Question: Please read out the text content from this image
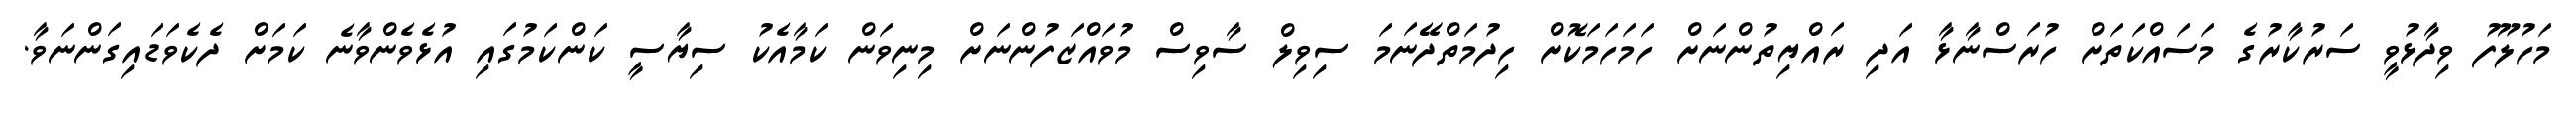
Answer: މަހުލޫފު ވިދާޅުވީ ސަރުކާރުގެ މަސައްކަތަށް ހުރަސްނާޅާ އަދި ރައްޔިތުންނަށް ހަމަހަމަކޮށް ހިދުމަތްދޭނަމަ ސިވިލް ސާވިސް މުވައްޒަފުންނަށް މިނިވަން ކަމާއެކު ސިޔާސީ ކަންކަމުގައި އުޅެވެންވާނެ ކަމަށް ދެކެވަޑައިގަންނަވާ.